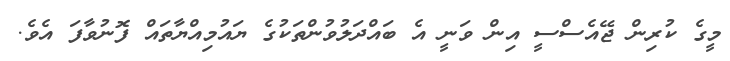
މީގެ ކުރިން ޖޭއެސްސީ އިން ވަނީ އެ ބައްދަލުވުންތަކުގެ ޔައުމިއްޔާތައް ފޮނުވާފަ އެވެ.